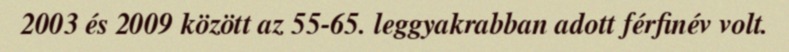
2003 és 2009 között az 55-65. leggyakrabban adott férfinév volt.